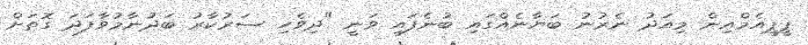
ޕީޕީއެމްއިން މިއަދު ނެރުނު ބަޔާނެއްގައި ބުނެފައި ވަނީ "ދިވެހި ސަރުކާރު ބަދުނާމުވާފަދަ ގޮތަށް